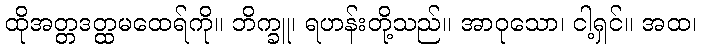
ထိုအတ္တဒတ္ထမထေရ်ကို။ ဘိက္ခူ၊ ရဟန်းတို့သည်။ အာဝုသော၊ ငါ့ရှင်။ အထ၊